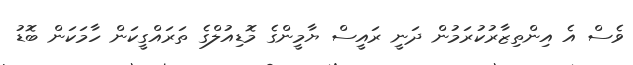
ވެސް އެ އިންތިޒާރުކުރަމުން ދަނީ ރައީސް ޔާމީންގެ މޮޑިއުލްގެ ތަރައްގީކަން ހާމަކަން ބޮޑު